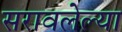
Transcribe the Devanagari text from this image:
सरावलेल्या